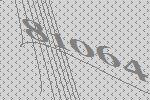
81064